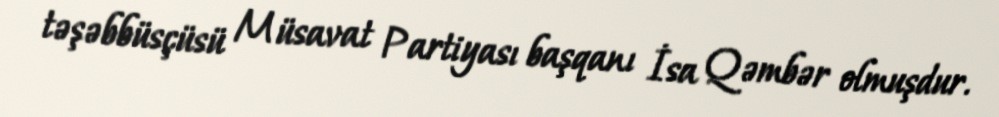
təşəbbüsçüsü Müsavat Partiyası başqanı İsa Qəmbər olmuşdur.